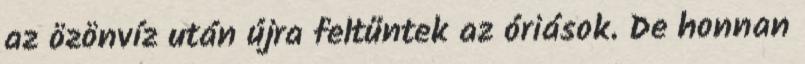
az özönvíz után újra feltűntek az óriások. De honnan